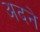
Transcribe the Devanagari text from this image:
अदने